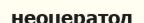
неоцератод